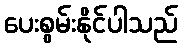
ပေးစွမ်းနိုင်ပါသည်